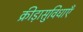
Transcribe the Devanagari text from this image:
क्रीड़ासुविधाएँ